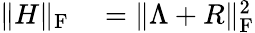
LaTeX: \begin{array}{rl}{\| H\| _{\mathrm{F}}}&{{}=\| \Lambda+R\| _{\mathrm{F}}^{2}}\end{array}